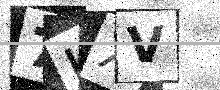
Text: 7KXV